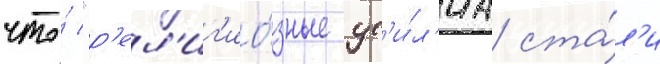
что́ "р'ел'иг'ио́зные ус'и́л'иа ста́л'и